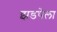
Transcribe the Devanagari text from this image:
झडपेला